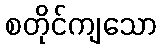
စတိုင်ကျသော